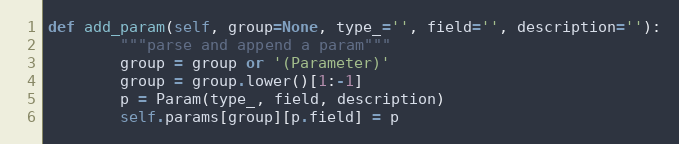
Language: Python
def add_param(self, group=None, type_='', field='', description=''):
        """parse and append a param"""
        group = group or '(Parameter)'
        group = group.lower()[1:-1]
        p = Param(type_, field, description)
        self.params[group][p.field] = p